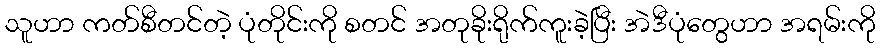
သူဟာ ကတ်စီတင်တဲ့ ပုံတိုင်းကို စတင် အတုခိုးရိုက်ကူးခဲ့ပြီး အဲဒီပုံတွေဟာ အရမ်းကို